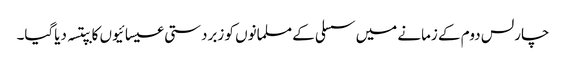
چارلس دوم کے زمانے میں سسلی کے مسلمانوں کو زبردستی عیسائیوں کا بپتسہ دیاگیا۔